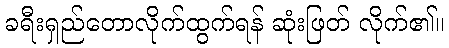
ခရီးရှည်တောလိုက်ထွက်ရန် ဆုံးဖြတ် လိုက်၏။